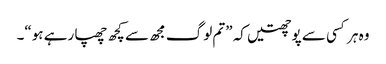
وہ ہر کسی سے پوچھتیں کہ ”تم لوگ مجھ سے کچھ چھپا رہے ہو“۔